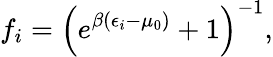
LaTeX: {\displaystyle f_{i}=\left(e^{\beta(\epsilon_{i}-\mu_{0})}+1\right)^{-1}},